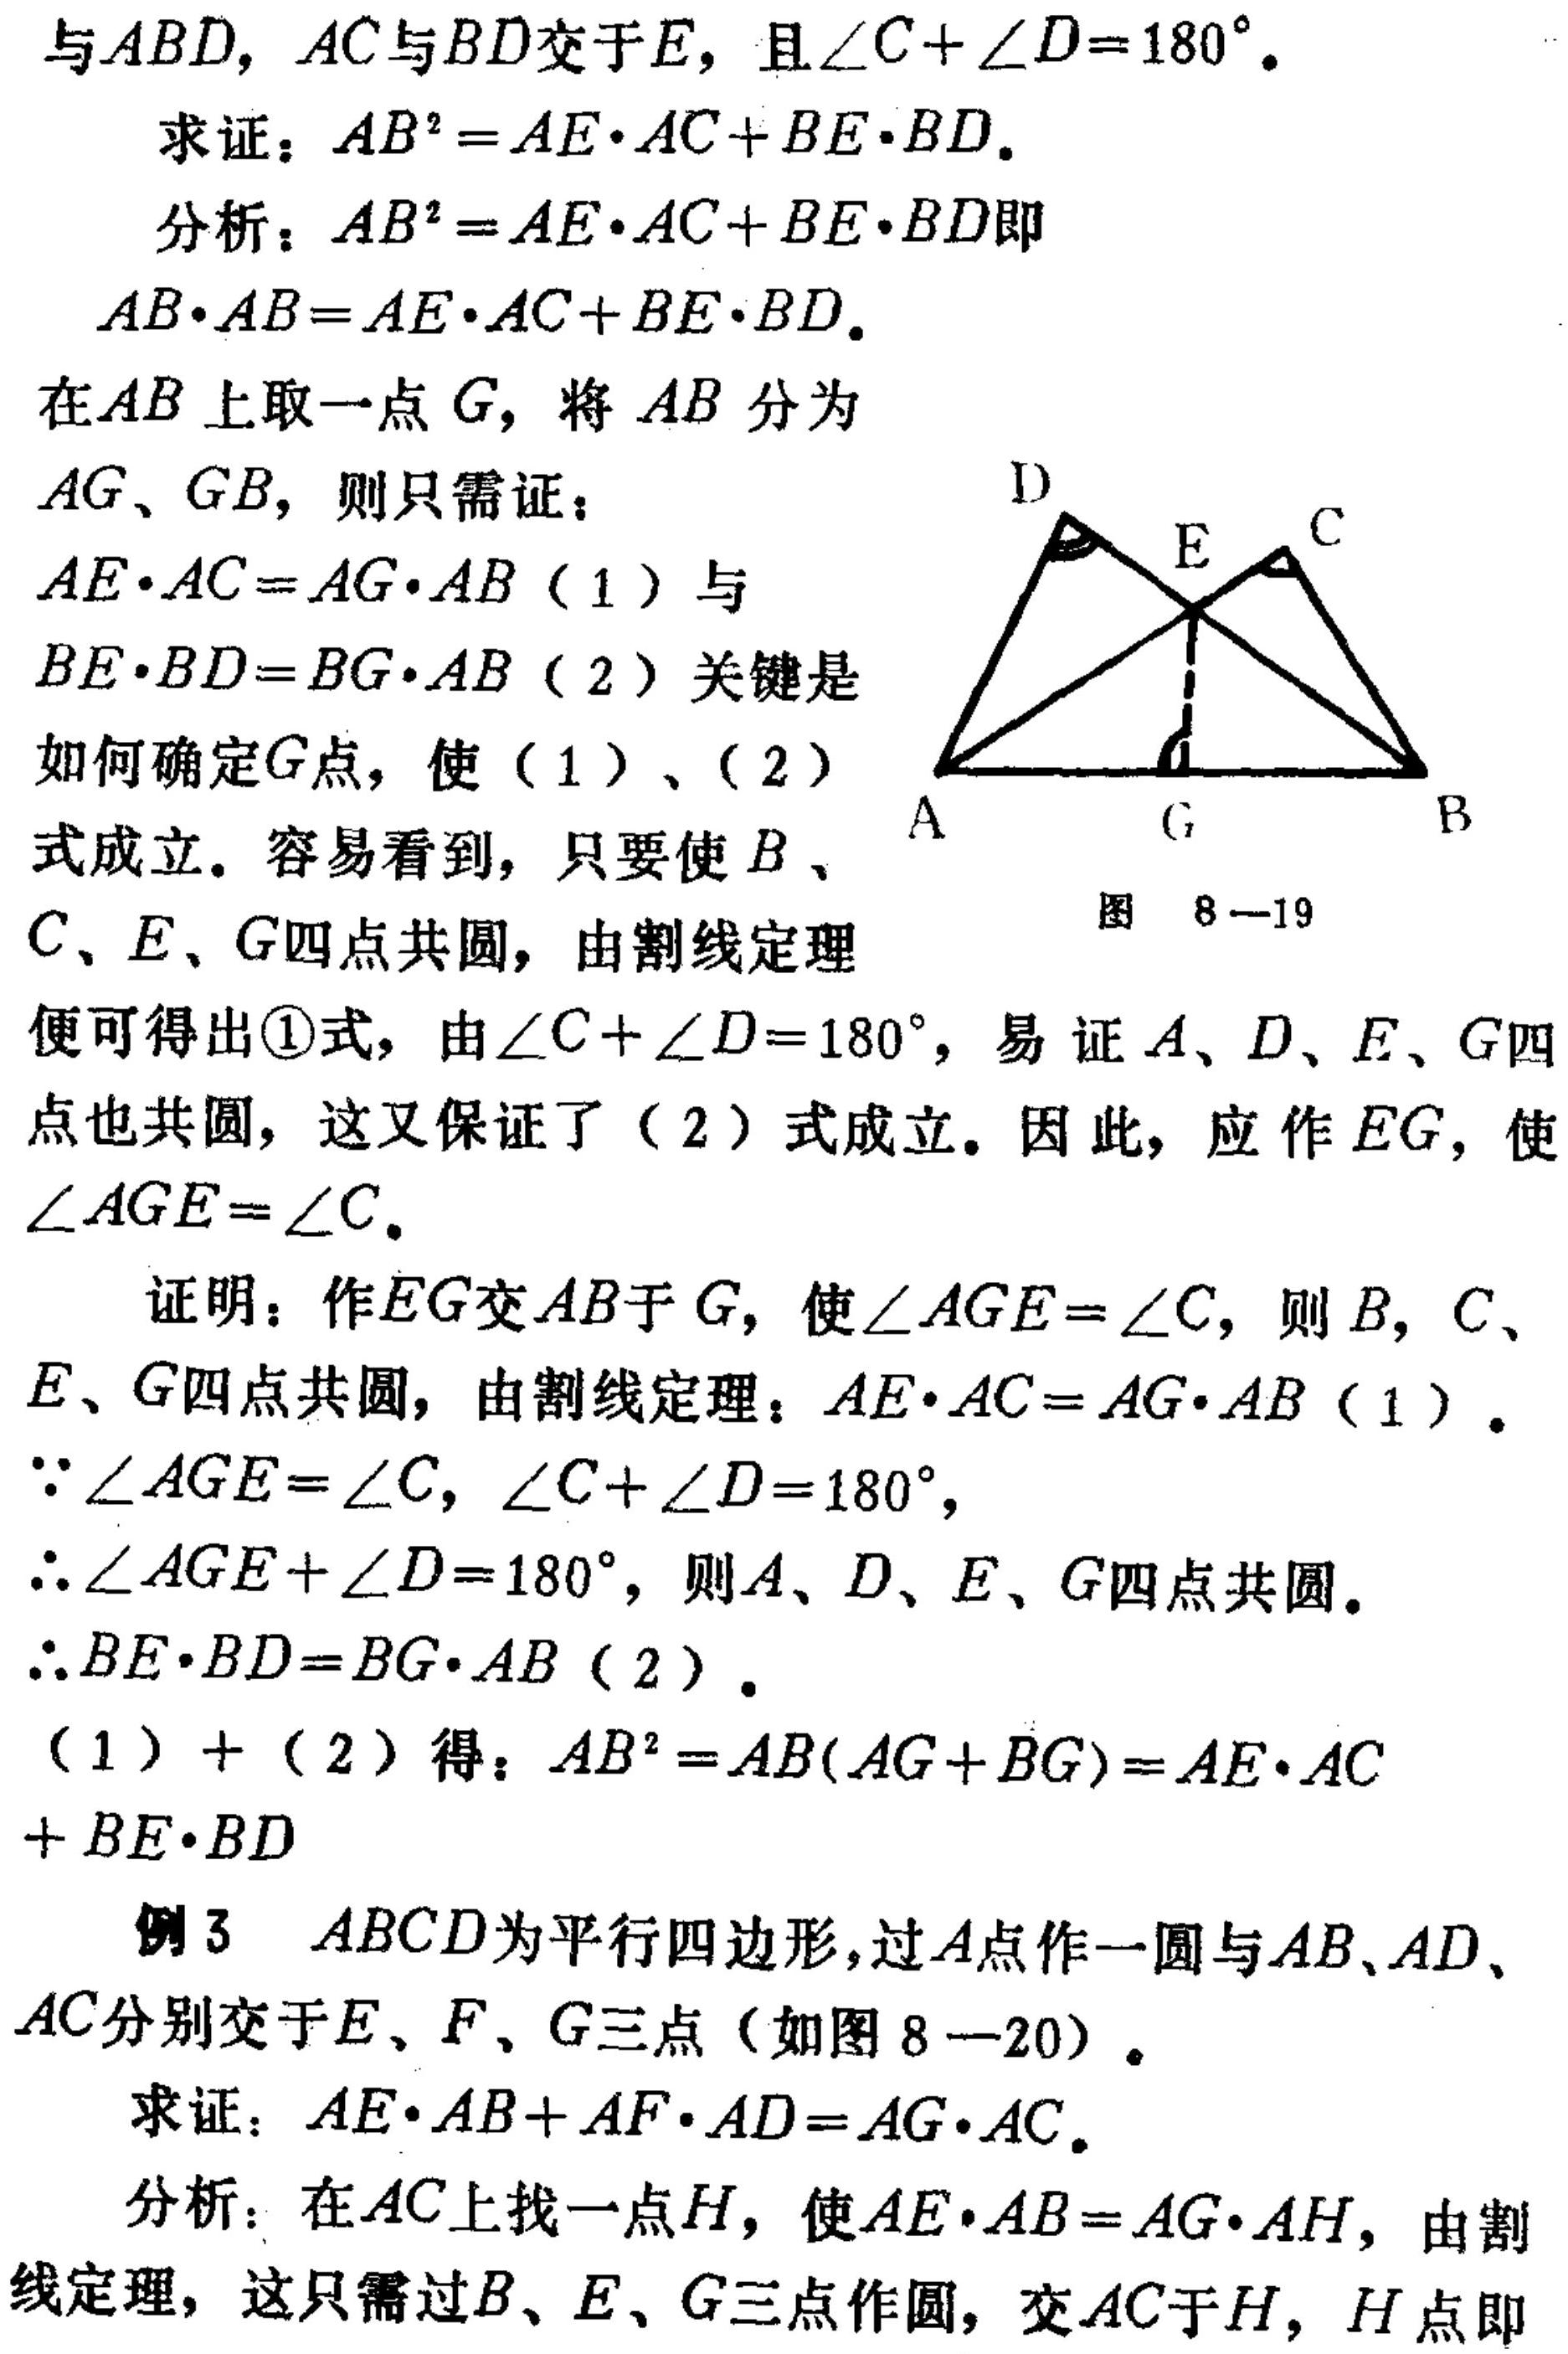
与\(ABD\)，\(AC\)与\(BD\)交于\(E\)，且\(\angle C+\angle D = 180^{\circ}\)。
求证：\(AB^{2}=AE\cdot AC + BE\cdot BD\)。
分析：\(AB^{2}=AE\cdot AC + BE\cdot BD\)即\(AB\cdot AB=AE\cdot AC + BE\cdot BD\)。
在\(AB\)上取一点\(G\)，将\(AB\)分为\(AG\)、\(GB\)，则只需证：\(AE\cdot AC = AG\cdot AB\)（1）与\(BE\cdot BD = BG\cdot AB\)（2）关键是如何确定\(G\)点，使（1）、（2）式成立。容易看到，只要使\(B\)、\(C\)、\(E\)、\(G\)四点共圆，由割线定理便可得出\textcircled{1}式，由\(\angle C+\angle D = 180^{\circ}\)，易证\(A\)、\(D\)、\(E\)、\(G\)四点也共圆，这又保证了（2）式成立。因此，应作\(EG\)，使\(\angle AGE=\angle C\)。
证明：作\(EG\)交\(AB\)于\(G\)，使\(\angle AGE=\angle C\)，则\(B\)，\(C\)、\(E\)、\(G\)四点共圆，由割线定理：\(AE\cdot AC = AG\cdot AB\)（1）。
\(\because\angle AGE=\angle C\)，\(\angle C+\angle D = 180^{\circ}\)，
\(\therefore\angle AGE+\angle D = 180^{\circ}\)，则\(A\)、\(D\)、\(E\)、\(G\)四点共圆。
\(\therefore BE\cdot BD = BG\cdot AB\)（2）。
（1）+（2）得：\(AB^{2}=AB(AG + BG)=AE\cdot AC+BE\cdot BD\)
例3 \(ABCD\)为平行四边形，过\(A\)点作一圆与\(AB\)、\(AD\)、\(AC\)分别交于\(E\)、\(F\)、\(G\)三点（如图8—20）。
求证：\(AE\cdot AB + AF\cdot AD = AG\cdot AC\)。
分析：在\(AC\)上找一点\(H\)，使\(AE\cdot AB = AG\cdot AH\)，由割线定理，这只需过\(B\)、\(E\)、\(G\)三点作圆，交\(AC\)于\(H\)，\(H\)点即